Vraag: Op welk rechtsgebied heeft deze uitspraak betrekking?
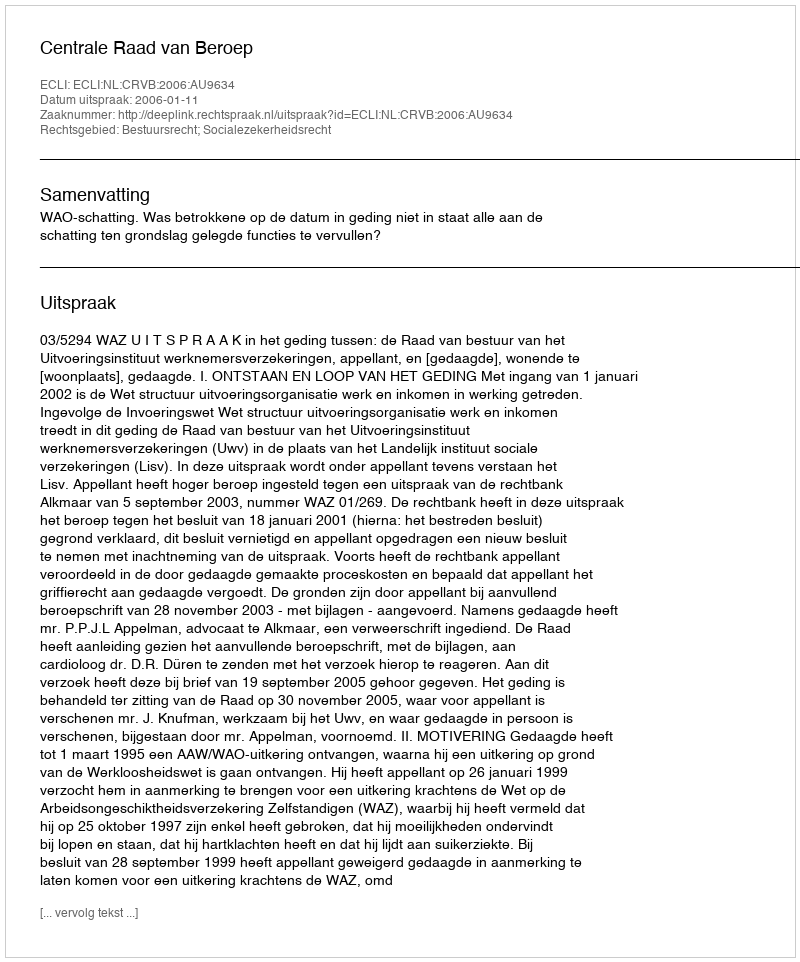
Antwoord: Bestuursrecht; Socialezekerheidsrecht